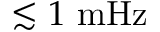
\lesssim 1 ~ \mathrm { m H z }